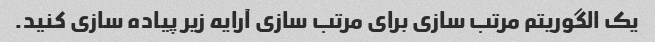
یک الگوریتم مرتب سازی برای مرتب سازی آرایه زیر پیاده سازی کنید.